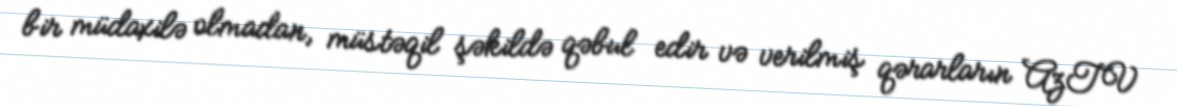
bir müdaxilə olmadan, müstəqil şəkildə qəbul edir və verilmiş qərarların AzTV